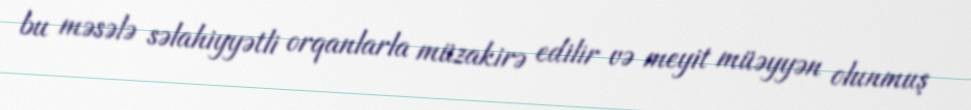
bu məsələ səlahiyyətli orqanlarla müzakirə edilir və meyit müəyyən olunmuş